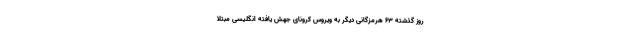
روز گذشته ۶۳ هرمزگانی دیگر به ویروس کرونای جهش یافته انگلیسی مبتلا